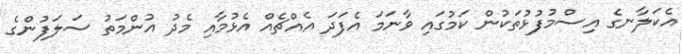
އެކަލާނގެ އިސްމުފުޅުތަކުން ކަމުގައި ވާނަމަ އެފަދަ އެއްޗެއް އެޅުމާއި މެދު އުންމަތު ސަލަފުންގެ